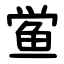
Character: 鲎